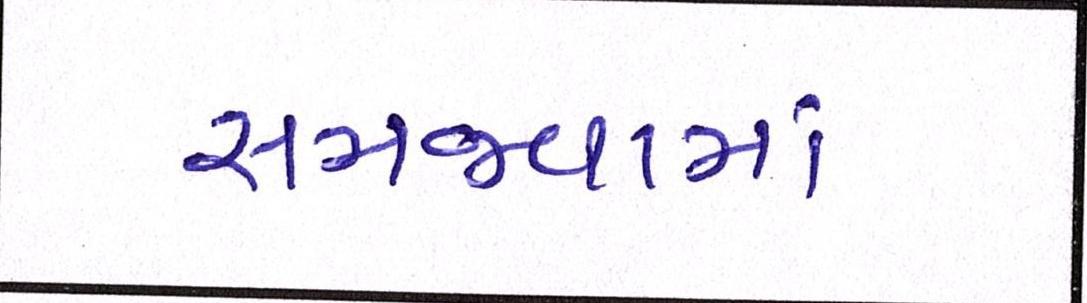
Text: સમજવામાં